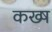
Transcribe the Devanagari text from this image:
कख्ष